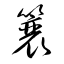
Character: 簔